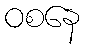
ဝစနေ